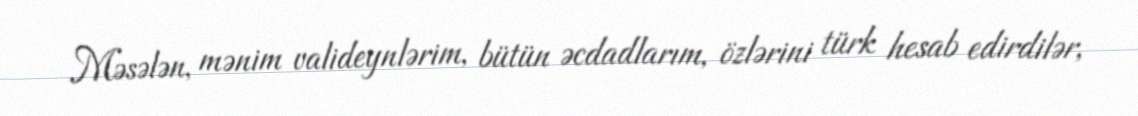
Məsələn, mənim valideynlərim, bütün əcdadlarım, özlərini türk hesab edirdilər,